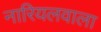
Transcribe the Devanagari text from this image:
नारियलवाला